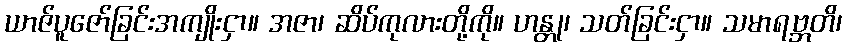
ယာဇ်ပူဇော်ခြင်းအကျိုးငှာ။ အဇာ၊ ဆိပ်ကုလားတို့ကို။ ဟန္တု၊ သတ်ခြင်းငှာ။ သမာရဗ္ဘတိ၊